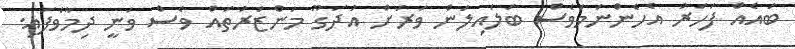
ބައެއް ފަހަރު އެހެންނަމަވެސް ބަލައިލަން ވަރަށް އުދަގޫ މަންޒަރުތައް ވެސް ވަނީ ދިމާވެފައި.